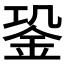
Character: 𨥲